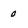
Character: 0